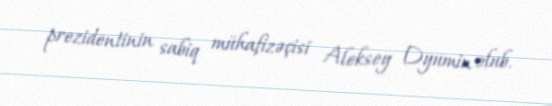
prezidentinin sabiq mühafizəçisi Aleksey Dyumin olub.